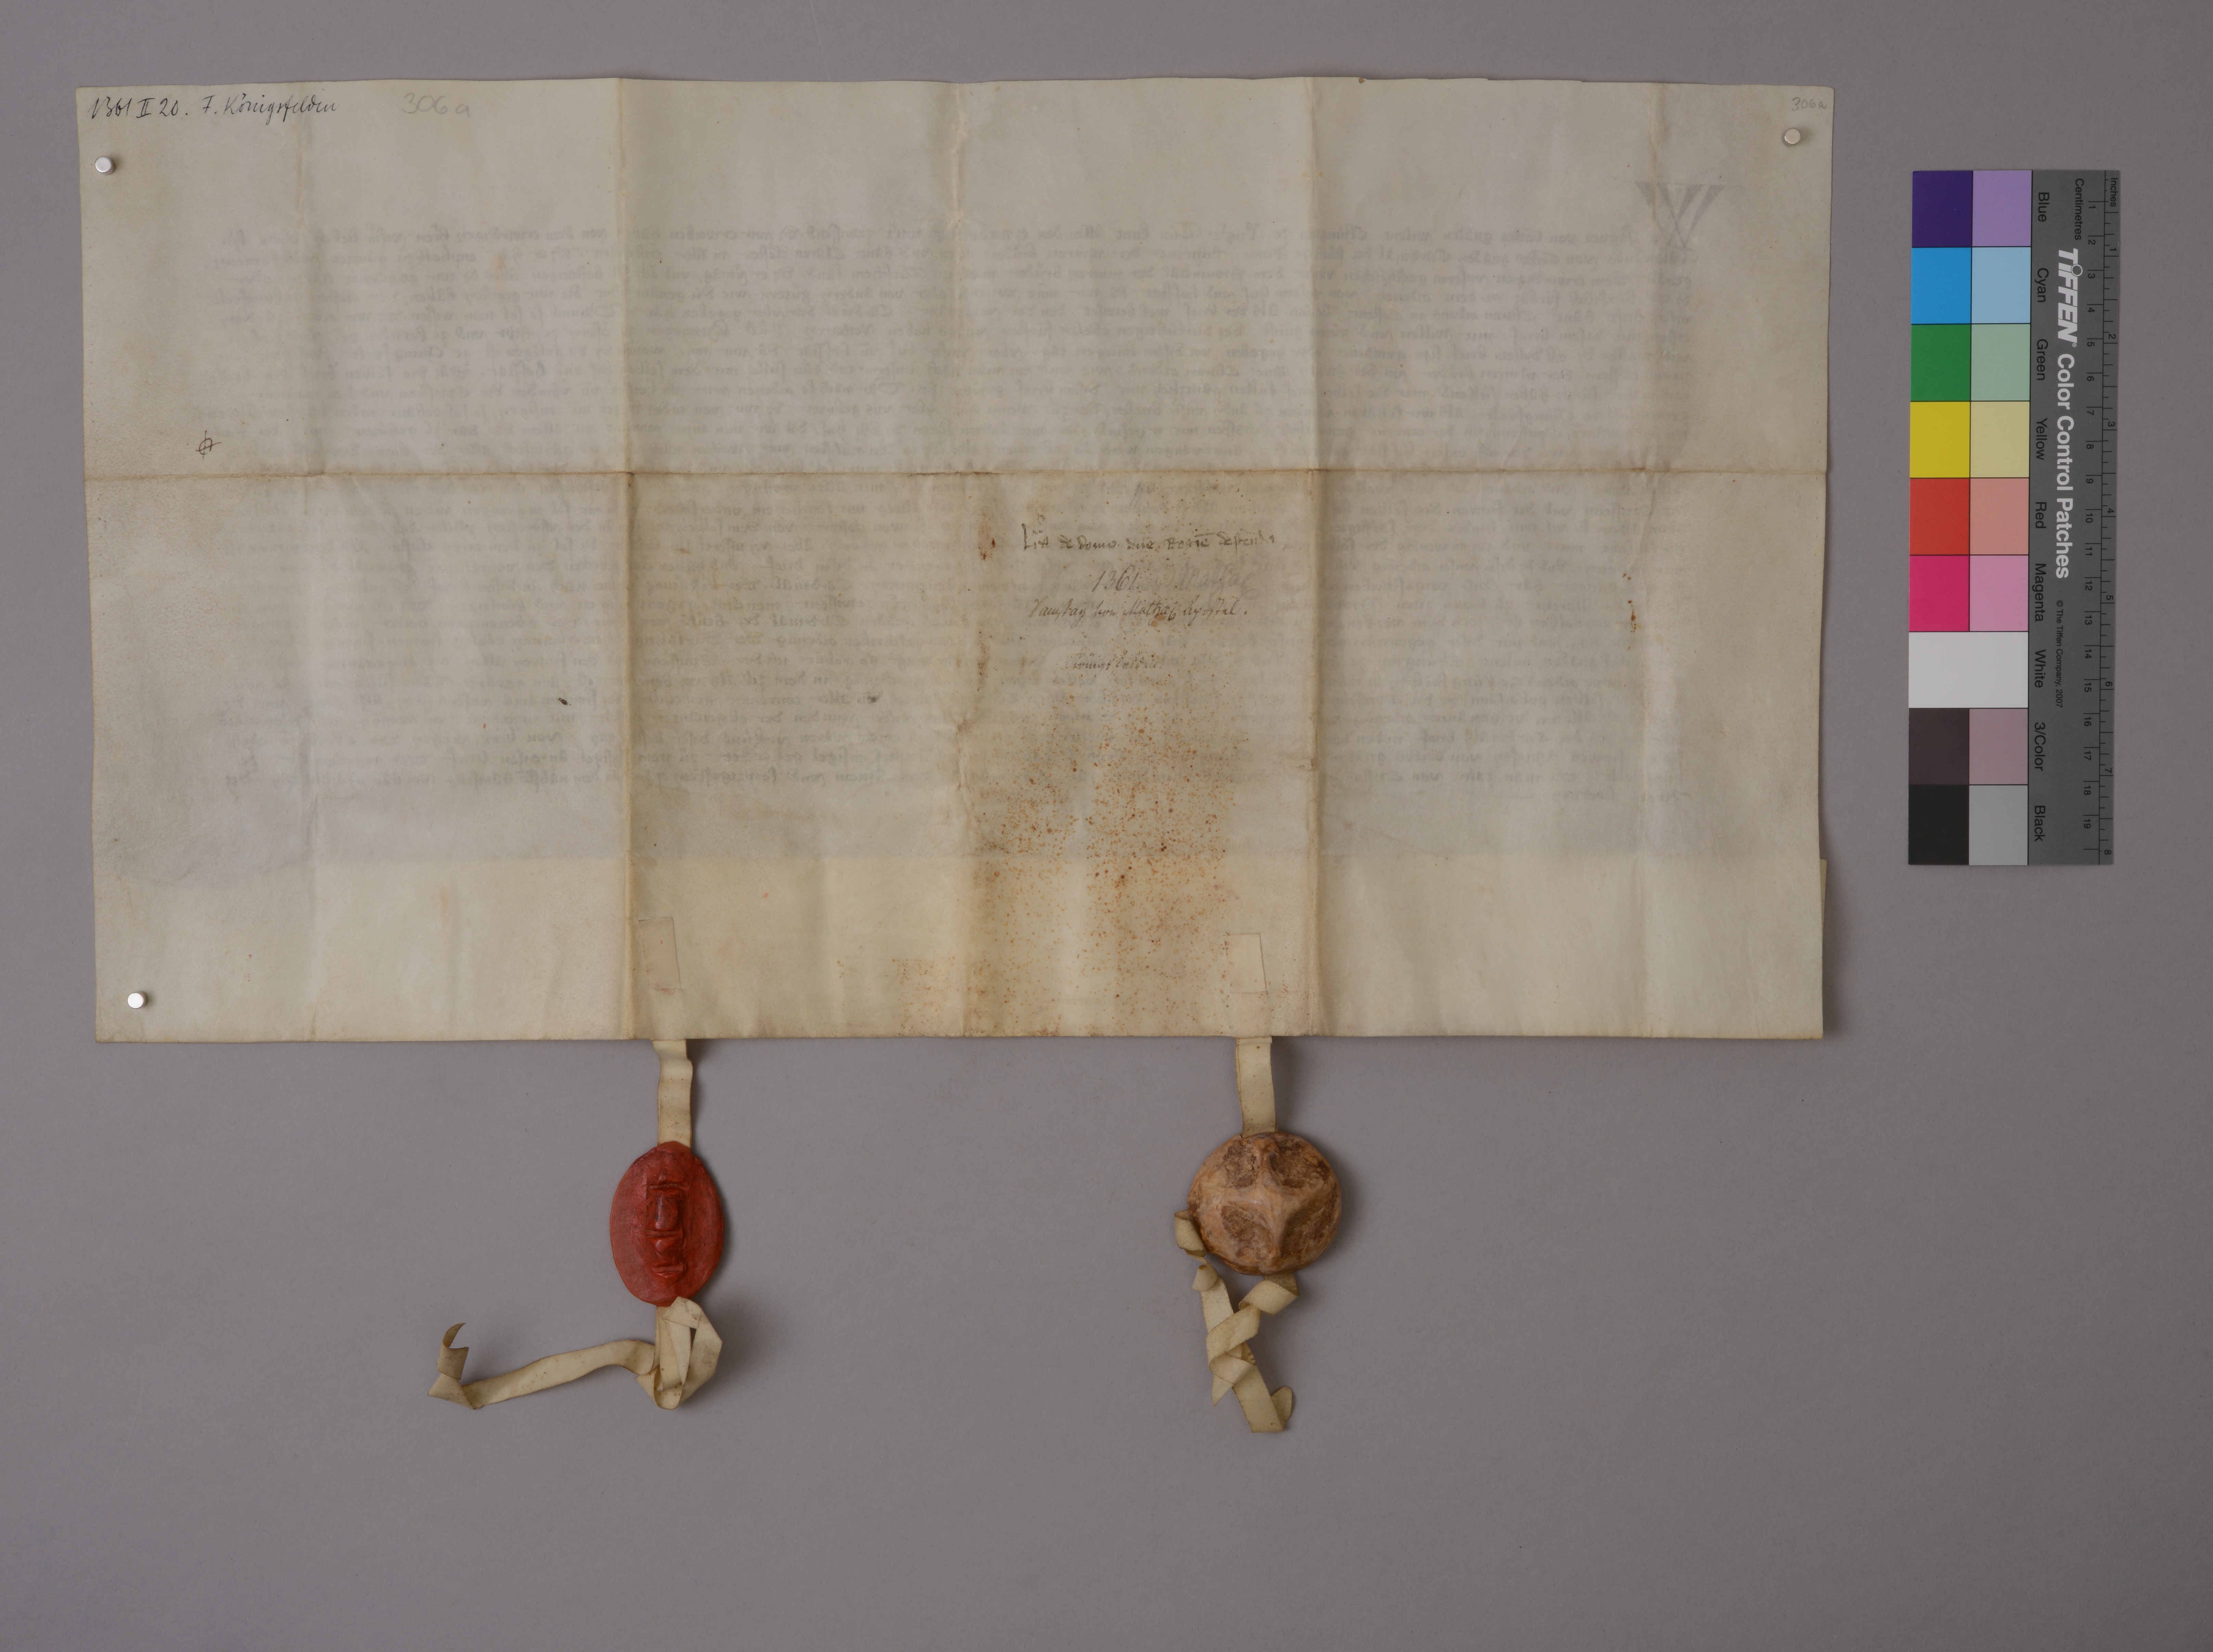
Transcription:
1361 II 20 . F. Kònigsfelden

306 a

306 a

✳

Nͦ✳ 226 ✳

lr̄a de domo dn̄e regīe destrͧenda

1361 ✳

Mathai
✳

samstag vor Mathai apostel ✳
Königsfelden